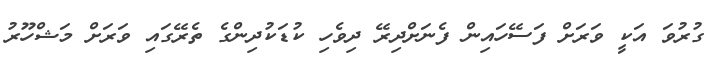
ގުރުވަ އަކީ ވަރަށް ފަސޭހައިން ފެނަށްދިރޭ ދިވެހި ކުޑަކުދިންގެ ތެރޭގައި ވަރަށް މަޝްހޫރު